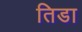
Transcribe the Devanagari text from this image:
तिडा